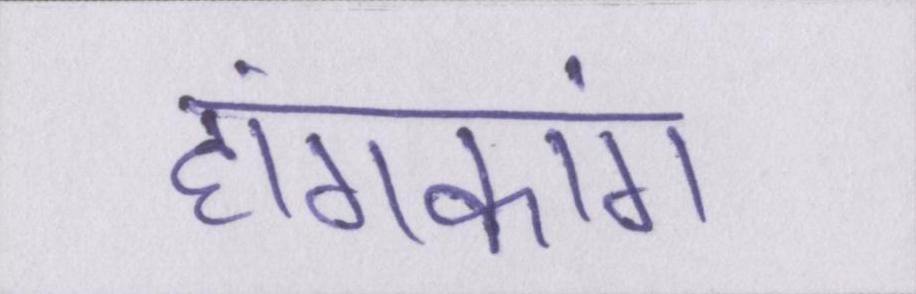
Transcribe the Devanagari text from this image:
हांगकांग